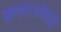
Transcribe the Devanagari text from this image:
फ्ल्याओनाईड